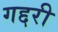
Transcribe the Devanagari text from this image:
गद्दरी